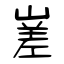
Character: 嵳